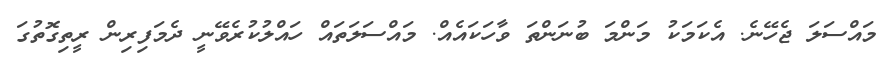
މައްސަލަ ޖެހޭނެ. އެކަމަކު މަންމަ ބުނަންތަ ވާހަކައެއް. މައްސަލަތައް ހައްލުކުރެވޭނީ ދެމަފިރިން ރީތިގޮތުގަ